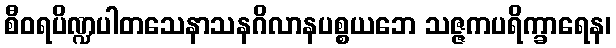
စီဝရပိဏ္ဍပါတသေနာသနဂိလာနပစ္စယဘေ သဇ္ဇကပရိက္ခာရေန၊